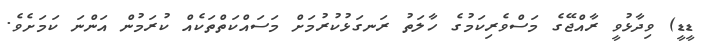
ޑީޑީ) ވިދާޅުވީ ރާއްޖޭގެ މަސްވެރިކަމުގެ ހާލަތު ރަނގަޅުކުރުމަށް މަސައްކަތްތަކެއް ކުރަމުން އަންނަ ކަަމަށެވެ.